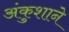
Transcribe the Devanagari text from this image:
अंकुशाने